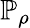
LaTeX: \mathbb{P}_{\rho}